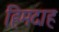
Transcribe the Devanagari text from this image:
हिमदाह